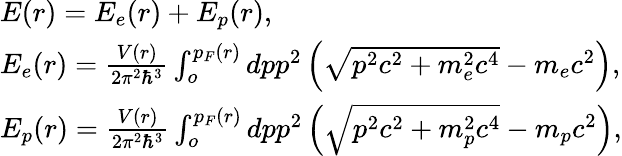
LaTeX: \begin{array}{l}{E(r)=E_{e}(r)+E_{p}(r),}\\ {E_{e}(r)=\frac{V(r)}{2\pi^{2}\hbar^{3}}\int_{o}^{p_{F}(r)}dpp^{2}\left(\sqrt{p^{2}c^{2}+m_{e}^{2}c^{4}}-m_{e}c^{2}\right),}\\ {E_{p}(r)=\frac{V(r)}{2\pi^{2}\hbar^{3}}\int_{o}^{p_{F}(r)}dpp^{2}\left(\sqrt{p^{2}c^{2}+m_{p}^{2}c^{4}}-m_{p}c^{2}\right),}\end{array}